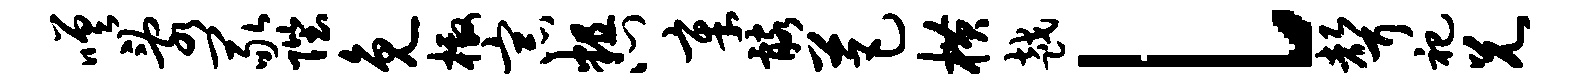
嗟乱冢陛免檄宗粗心章髂芭横越l声祀兄